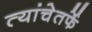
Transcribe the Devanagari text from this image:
त्यांचेतर्फे